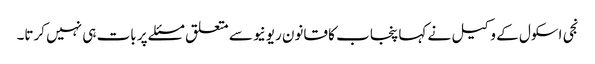
نجی اسکول کے وکیل نے کہا پنجاب کا قانون ریونیو سے متعلق مسئلے پر بات ہی نہیں کرتا۔